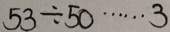
5 3 \div 5 0 \cdots 3